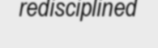
redisciplined